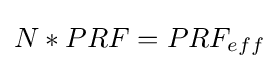
N*PRF=PRF_{eff}